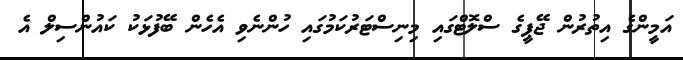
އަމީންގެ އިތުރުން ޖޭޕީގެ ސްލޮޓްގައި މިނިސްޓަރުކަމުގައި ހުންނެވި އެހެން ބޭފުޅަކު ކައުންސިލް އެ